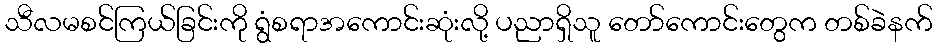
သီလမစင်ကြယ်ခြင်းကို ရွံစရာအကောင်းဆုံးလို့ ပညာရှိသူ တော်ကောင်းတွေက တစ်ခဲနက်